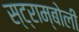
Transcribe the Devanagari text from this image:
स्ट्राम्बोली